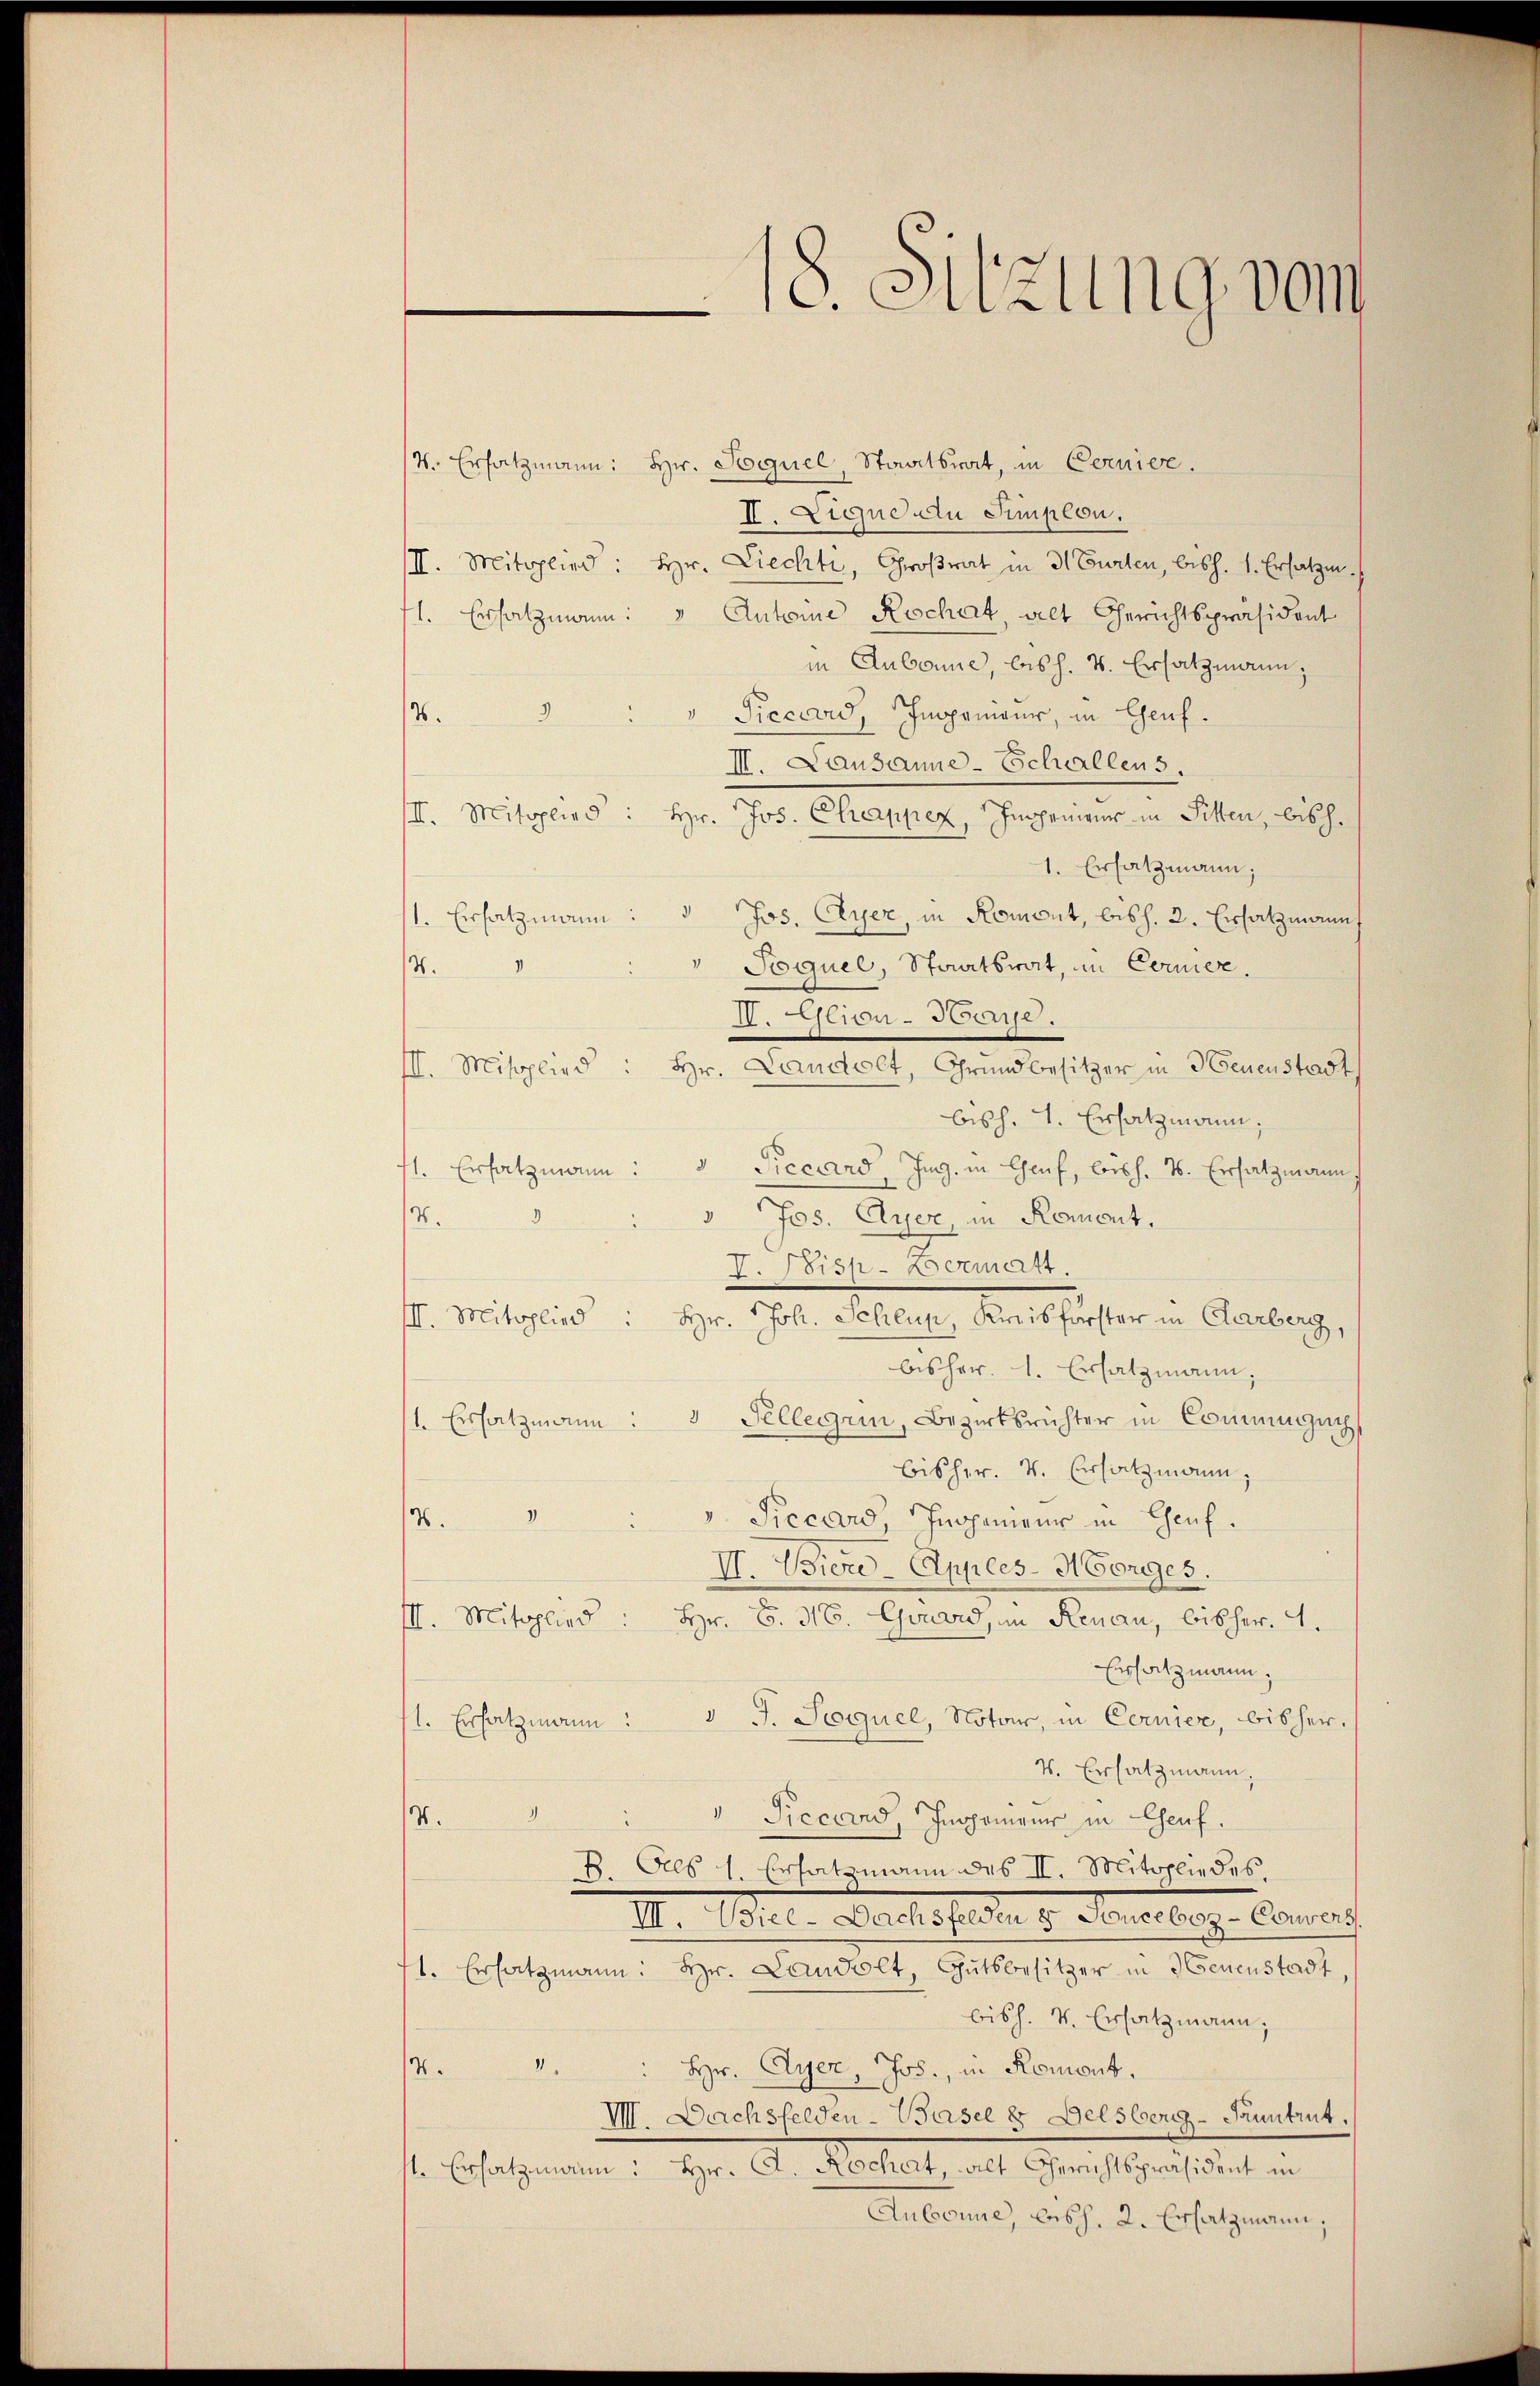
18. Sitzung vom

4. Ersatzmann: Hr. Soguel, Staatsrat, in Cernier.
II. Lique du Sempion.
III. Mitglied: Hr. Liechti, Großrat in 3 Gurten, bish. 1. Ersatzen.
71. Ersatzmann: " Autome Rechat, alt Gerichtspräsident
in Aubone, les h. T. Ersatzmann,
3
Piecens, Ingenieur, in Genf.
.
II. Lausanne-Schallens.
III. Mitglied: Hr. Jos. Chappez, Inspenieurs in Sitten, bish
1. Ersatzmann;
/1. Ersatzmann: " Jos. Ayer, in Romont, bish. 2. Ersatzmann
Joquel, Staatsrat, in Cernier.
.
IV. Aliou-Surse.
III. Mitglied: Hr. Landolt, Grundbesitzer in Neuenstadt
bisch. 1. Ersatzmann;
71. Ersatzmann: " Piccard, Ing. in Genf, bis h. T. Ersatzmann
" Jos. Ayer, in Romont.
4
V. Beisp-Dermatt.
III. Mitglied: Hr. Joh. Schluß, Kreisforster in Clarberg,
bisher. 1. Ersatzmann,
1. Ersatzmann: 1 Kellegen, Bezirksrichter in Commingunbisher. v. Ersatzmann,
 Precaro Ingenieur in Genf.
7
II. Bierd-Apples-Morges.
III. Mitglied: Hr. S. 36. Gouard, in Renau, bisher. 1.
Ersatzmann,
1. Ersatzmann: " J. Sequel, Notar, in Cernier, bisher.
4. Ersatzmann,
.
Piccard, Inopemauer in Chef.
B. Ores 1. Ersatzmann des II. Mitgliedes,
I. Mitere Martierselben d. Merselbige Conra
71. Ersatzmann: Hr. Landolt, Gutsbesitzer in denenstadt,
bish. v. Ersatzmann,
/4. " " hr. Gyer, Jos., in Romont,
VI. Dachsfelden-Basel & Delsberg-Pruntrut.
st. Ersatzmann: Hr. A. Rochat, alt Gerichtspräsident in
Aubonne, besch. 2. Ersatzmann,